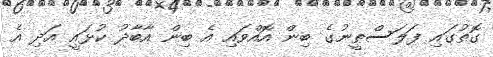
ގޮތުގައި ފަލަސްޠީނުގެ ބިން އޮއްވައި އެ ބިން އާބާދު ކުޅައީ އަދި އެ